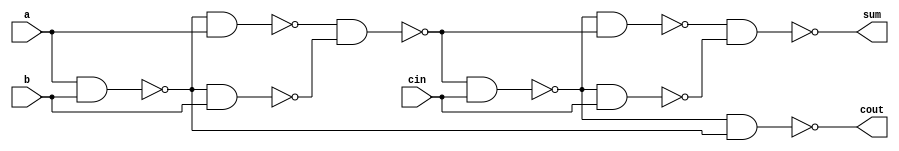
module full_adder(a, b, cin, cout, sum);
	input a, b, cin;
	output cout, sum;
	wire w1, w2, w3, w4, w5, w6, w7;
	nand n1(w1, a, b);
	nand n2(w2, w1, a);
	nand n3(w3, w1, b);
	nand n4(w4, w2, w3);
	nand n5(w5, w4, cin);
	nand n6(w6, w5, w4);
	nand n7(w7, w5, cin);
	nand nc(cout, w5, w1);
	nand sumnand(sum, w6, w7);
endmodule